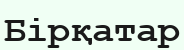
Бірқатар